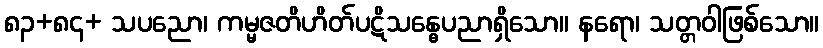
၈၃+၈၄+ သပညော၊ ကမ္မဇတိဟိတ်ပဋိသန္ဓေပညာရှိသော။ နရော၊ သတ္တဝါဖြစ်သော။